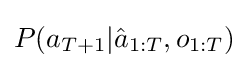
P(a_{T+1}|{\hat {a}}_{1:T},o_{1:T})